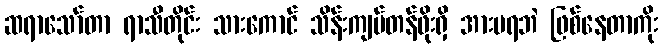
ဆရာသော်တာ ရာသီတိုင်း သားကောင် သိန်းကျပ်တန်ဖိုးရှိ အားမရဘဲ ဖြစ်နေတာကိုး